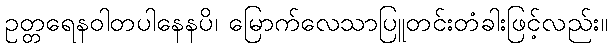
ဥတ္တရေနဝါတပါနေနပိ၊ မြောက်လေသာပြူတင်းတံခါးဖြင့်လည်း။